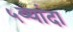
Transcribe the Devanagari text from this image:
५व्यांदा